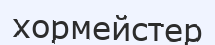
хормейстер